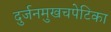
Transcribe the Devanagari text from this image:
दुर्जनमुखचपेटिका